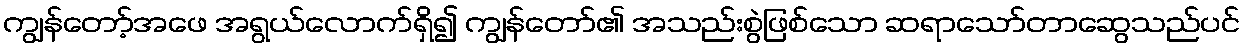
ကျွန်တော့်အဖေ အရွယ်လောက်ရှိ၍ ကျွန်တော်၏ အသည်းစွဲဖြစ်သော ဆရာသော်တာဆွေသည်ပင်